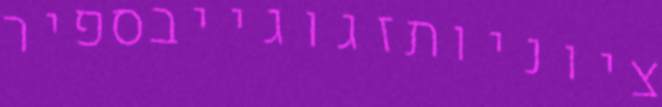
ציוניותזגוגייבספיר